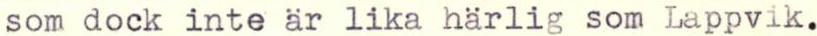
som dock inte är lika härlig som Lappvik.